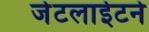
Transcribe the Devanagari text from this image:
जेटलाईटने